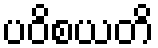
ပဝိစယတိ